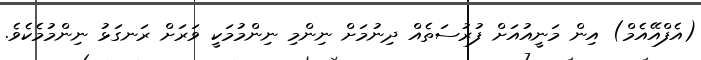
(އެފްއޭއެމް) އިން މަނީއުއަށް ފުރުސަތެއް ދިނުމަށް ނިންމި ނިންމުމަކީ ވަރަށް ރަނގަޅު ނިންމުމެކެވެ.